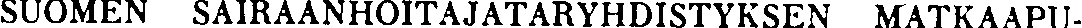
SUOMEN SAIRAANHOITAJATARYHDISTYKSEN MATKAAPU-